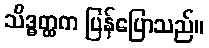
သိဒ္ဓတ္ထက ပြန်ပြောသည်။